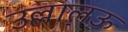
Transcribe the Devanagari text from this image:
उल्लालऊ